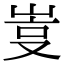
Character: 𡷮